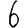
Digit: 6